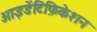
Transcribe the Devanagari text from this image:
आइडेंटिफ़िकेशन